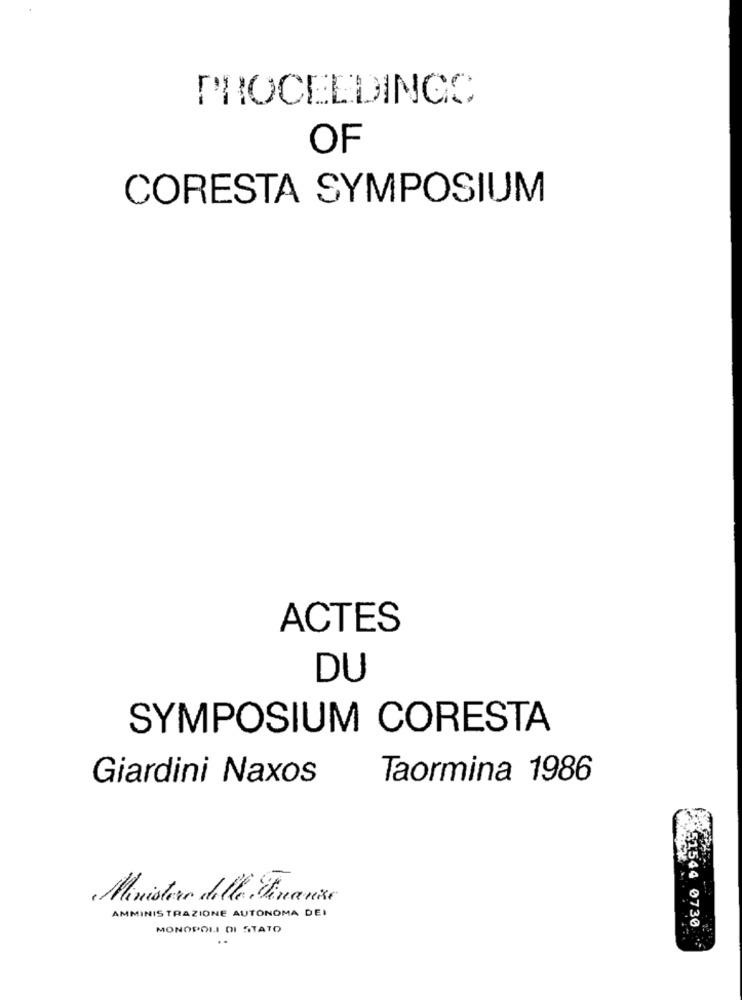
PROCEEDINGS
OF
CORESTA SYMPOSIUM
ACTES
DU
SYMPOSIUM CORESTA
Giardini Naxos
Taormina 1986
Minister delle Luante
AMMINISTRAZIONE AUTONOMA DEI
MONOPOLI DI STATO
51544 0730
..